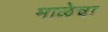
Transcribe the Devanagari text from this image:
माळेचा